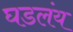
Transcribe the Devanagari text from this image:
घडलंय